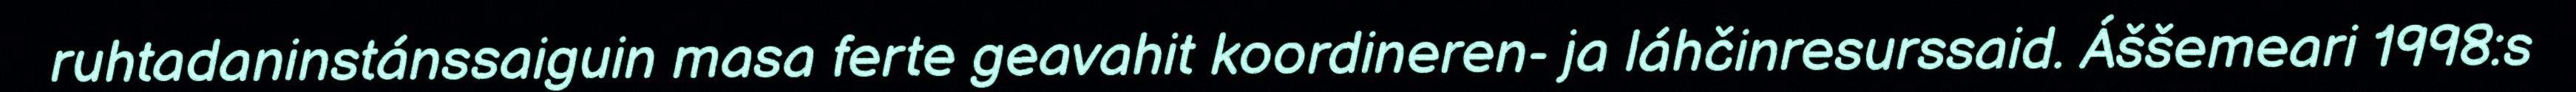
ruhtadaninstánssaiguin masa ferte geavahit koordineren- ja láhčinresurssaid. Áššemeari 1998:s